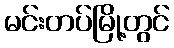
မင်းတပ်မြို့တွင်